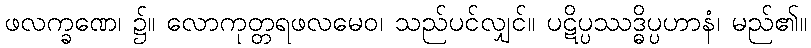
ဖလက္ခဏေ၊ ၌။ လောကုတ္တရဖလမေဝ၊ သည်ပင်လျှင်။ ပဋိပ္ပဿဒ္ဓိပ္ပဟာနံ၊ မည်၏။